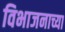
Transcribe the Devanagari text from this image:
विभाजनाच्या